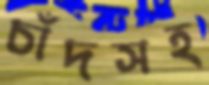
চাঁদসহ